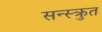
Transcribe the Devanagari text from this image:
सन्स्क्रुत